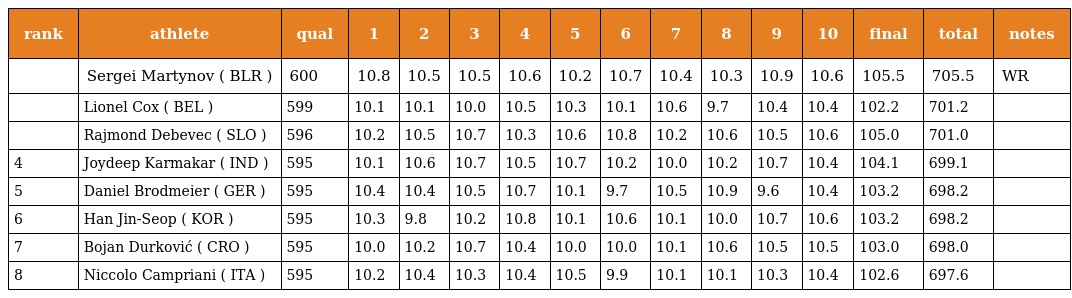
| rank | athlete | qual | 1 | 2 | 3 | 4 | 5 | 6 | 7 | 8 | 9 | 10 | final | total | notes |
 | --- | --- | --- | --- | --- | --- | --- | --- | --- | --- | --- | --- | --- | --- | --- | --- |
 |  | Sergei Martynov ( BLR ) | 600 | 10.8 | 10.5 | 10.5 | 10.6 | 10.2 | 10.7 | 10.4 | 10.3 | 10.9 | 10.6 | 105.5 | 705.5 | WR |
 |  | Lionel Cox ( BEL ) | 599 | 10.1 | 10.1 | 10.0 | 10.5 | 10.3 | 10.1 | 10.6 | 9.7 | 10.4 | 10.4 | 102.2 | 701.2 |  |
 |  | Rajmond Debevec ( SLO ) | 596 | 10.2 | 10.5 | 10.7 | 10.3 | 10.6 | 10.8 | 10.2 | 10.6 | 10.5 | 10.6 | 105.0 | 701.0 |  |
 | 4 | Joydeep Karmakar ( IND ) | 595 | 10.1 | 10.6 | 10.7 | 10.5 | 10.7 | 10.2 | 10.0 | 10.2 | 10.7 | 10.4 | 104.1 | 699.1 |  |
 | 5 | Daniel Brodmeier ( GER ) | 595 | 10.4 | 10.4 | 10.5 | 10.7 | 10.1 | 9.7 | 10.5 | 10.9 | 9.6 | 10.4 | 103.2 | 698.2 |  |
 | 6 | Han Jin-Seop ( KOR ) | 595 | 10.3 | 9.8 | 10.2 | 10.8 | 10.1 | 10.6 | 10.1 | 10.0 | 10.7 | 10.6 | 103.2 | 698.2 |  |
 | 7 | Bojan Durković ( CRO ) | 595 | 10.0 | 10.2 | 10.7 | 10.4 | 10.0 | 10.0 | 10.1 | 10.6 | 10.5 | 10.5 | 103.0 | 698.0 |  |
 | 8 | Niccolo Campriani ( ITA ) | 595 | 10.2 | 10.4 | 10.3 | 10.4 | 10.5 | 9.9 | 10.1 | 10.1 | 10.3 | 10.4 | 102.6 | 697.6 |  |